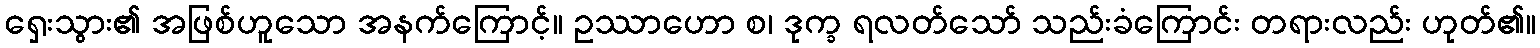
ရှေးသွား၏ အဖြစ်ဟူသော အနက်ကြောင့်။ ဥဿာဟော စ၊ ဒုက္ခ ရလတ်သော် သည်းခံကြောင်း တရားလည်း ဟုတ်၏။